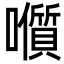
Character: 𭌭